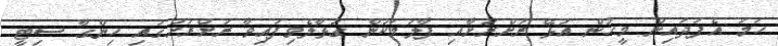
ހަމަ އެފަދައިން މީހުން އުޅޭ ރަށްރަށާއި ފާލަމަކުން ގުޅާލެވިފައިވާ ރަށްރަށުގައި ހިންގާ ސިޓީ